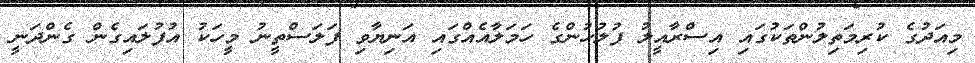
މިއަދުގެ ކުރިމަތިލުންތަކުގައި އިސްރާއީލު ފުލުހުންގެ ހަމަލާއެއްގައި އަނިޔާވި ފަލަސްތީނު މީހަކު އުފުލައިގެން ގެންދަނީ